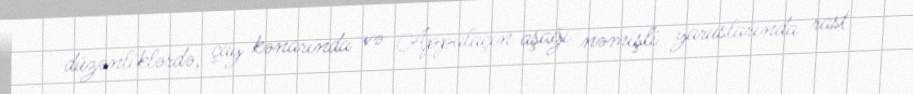
düzənliklərdə, çay kənarında və Appalaçın aşağı nəmişli yaruslarında rast